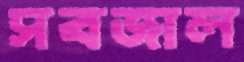
সবজাল